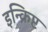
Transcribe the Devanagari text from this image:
इन्क्रिप्ट